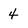
Character: 4